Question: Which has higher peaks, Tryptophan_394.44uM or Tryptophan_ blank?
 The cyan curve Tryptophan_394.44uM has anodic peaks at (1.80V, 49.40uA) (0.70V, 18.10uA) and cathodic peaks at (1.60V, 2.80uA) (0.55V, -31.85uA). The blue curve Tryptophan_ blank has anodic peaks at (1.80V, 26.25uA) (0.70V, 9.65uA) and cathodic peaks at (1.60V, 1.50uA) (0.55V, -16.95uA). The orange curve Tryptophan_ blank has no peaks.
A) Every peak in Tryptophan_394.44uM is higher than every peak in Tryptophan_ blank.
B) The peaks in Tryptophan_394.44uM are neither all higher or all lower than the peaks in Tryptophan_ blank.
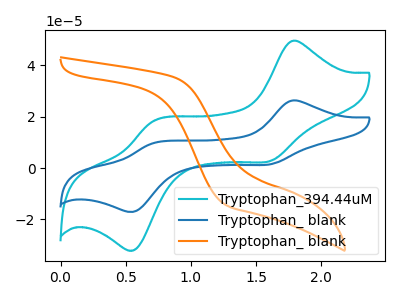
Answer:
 <answer>B) The peaks in "Tryptophan_394.44uM" are neither all higher or all lower than the peaks in "Tryptophan_ blank".</answer>
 <eval>B</eval>